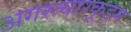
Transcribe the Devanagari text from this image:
अगस्त्यारकूडम